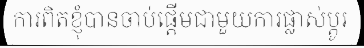
ការពិតខ្ញុំបានចាប់ផ្តើមជាមួយការផ្លាស់ប្តូរ